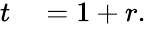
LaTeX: \begin{array}{rl}{t}&{{}=1+r.}\end{array}